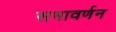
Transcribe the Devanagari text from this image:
सभावर्णन